Punjab Mental Hospital Lahore 1932-46 - 1932-1946
Year: 1932
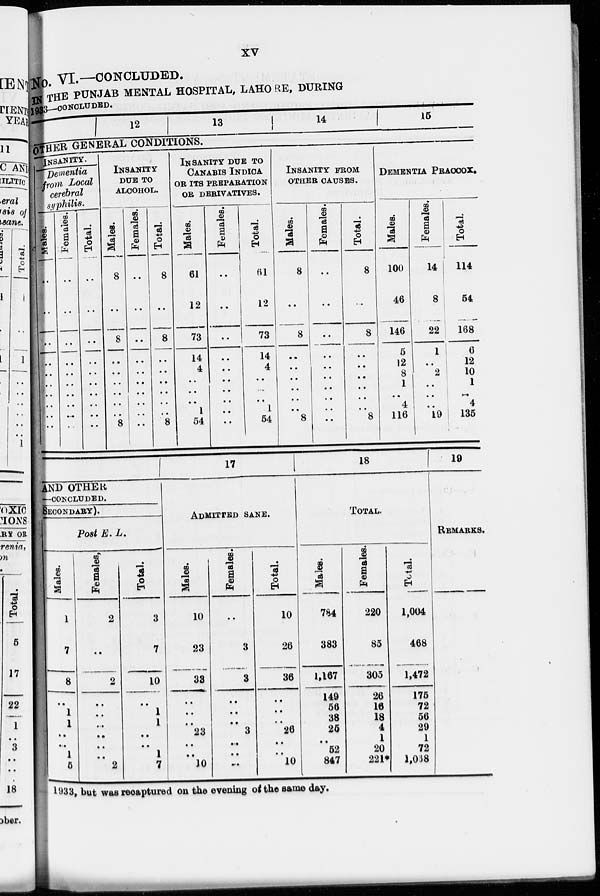
xv
No. VI.—CONCLUDED.
IN THE PUNJAB MENTAL HOSPITAL, LAHORE, DURING
1933—CONCLUDED.
12
13
14
15
OTHER GENERAL CONDITIONS.
INSANITY.
Dementia
from Local
cerebral
syphilis.
Males.
..
..
..
..
..
..
..
..
..
..
Females.
..
..
..
..
..
..
..
..
..
..
Total.
..
..
..
..
..
..
..
..
..
..
INSANITY
DUE TO
ALCOHOL.
Males.
8
..
8
..
..
..
..
..
..
8
Females.
..
..
..
..
..
..
..
..
..
..
Total.
8
..
8
..
..
..
..
..
..
8
INSANITY DUE TO
CANABIS INDICA
OR ITS PREPARATION
OR DERIVATIVES.
Males.
61
12
73
14
4
..
..
..
1
54
Females.
..
..
..
..
..
..
..
..
..
..
Total.
61
12
73
14
4
..
..
..
1
54
INSANITY FROM
OTHER CAUSES.
Males.
8
..
8
..
..
..
..
..
..
8
Females.
..
..
..
..
..
..
..
..
..
..
Total.
8
..
8
..
..
..
..
..
..
8
DEMENTIA PRACCOX.
Males.
100
46
146
5
12
8
1
..
4
116
Females.
14
8
22
1
..
2
..
..
..
19
Total.
114
54
168
6
12
10
1
..
4
135
AND OTHER
—CONCLUDED.
SECONDARY).
Post E. L.
Males.
1
7
8
..
1
1
..
..
1
5
Females.
2
..
2
..
..
..
..
..
2
Total.
3
7
10
..
1
1
..
..
1
7
17
ADMITTED
SANE.
Males.
10
23
33
..
..
..
23
..
..
10
Females.
..
3
3
..
..
..
3
..
..
..
Total.
10
26
36
..
..
..
26
..
..
10
18
TOTAL.
Males.
784
383
1,167
149
56
38
25
..
52
847
Females.
220
85
305
26
16
18
4
1
20
221*
Total.
1,004
468
1,472
175
72
56
29
1
72
1,068
19
REMARKS.
1933, but was recaptured on the evening of the same day.